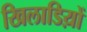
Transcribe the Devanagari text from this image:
खिलाडिय़ों